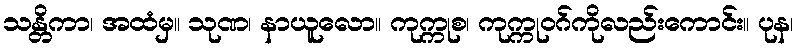
သန္တိကာ၊ အထံမှ။ သုဏ၊ နာယူလော။ ကုက္ကုစ၊ ကုက္ကုဝဂ်ကိုလည်းကောင်း။ ပုန၊